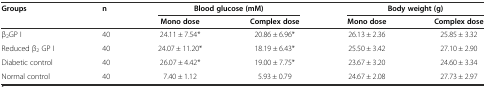
<table><thead><tr><td><b>Groups</b></td><td><b>n</b></td><td colspan="2"><b>Blood glucose (mM)</b></td><td colspan="2"><b>Body weight (g)</b></td></tr><tr><td>[EMPTY_CELL]</td><td>[EMPTY_CELL]</td><td><b>Mono dose</b></td><td><b>Complex dose</b></td><td><b>Mono dose</b></td><td><b>Complex dose</b></td></tr></thead><tbody><tr><td>β<sub>2</sub>GP I</td><td>40</td><td>24.11 ± 7.54*</td><td>20.86 ± 6.96*</td><td>26.13 ± 2.36</td><td>25.85 ± 3.32</td></tr><tr><td>Reduced β<sub>2</sub> GP I</td><td>40</td><td>24.07 ± 11.20*</td><td>18.19 ± 6.43*</td><td>25.50 ± 3.42</td><td>27.10 ± 2.90</td></tr><tr><td>Diabetic control</td><td>40</td><td>26.07 ± 4.42*</td><td>19.00 ± 7.75*</td><td>23.67 ± 3.20</td><td>24.60 ± 3.34</td></tr><tr><td>Normal control</td><td>40</td><td>7.40 ± 1.12</td><td>5.93 ± 0.79</td><td>24.67 ± 2.08</td><td>27.73 ± 2.97</td></tr></tbody></table>